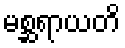
မစ္ဆရာယတိ